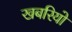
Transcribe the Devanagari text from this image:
खबरियो